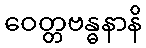
ဝေတ္တဗန္ဓနာနိ